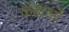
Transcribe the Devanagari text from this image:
कहाओं